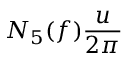
\displaystyle N _ { 5 } ( f ) \frac { u } { 2 \pi }